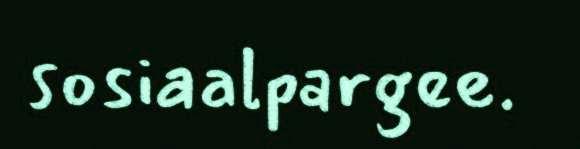
sosiaalpargee.